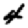
Digit: 4